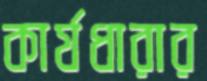
কার্যধারার